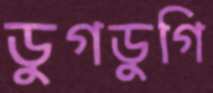
ডুগডুগি